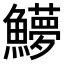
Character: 𬵳